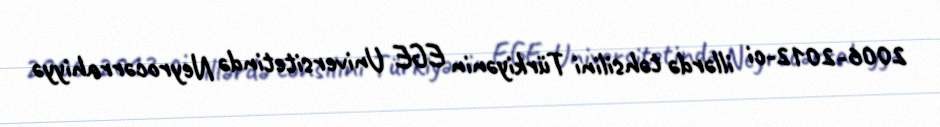
2006-2012-ci illərdə təhsilini Türkiyənin EGE Universitetində Neyrocərrahiyyə